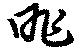
昨